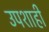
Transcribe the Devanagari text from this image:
उपशाही